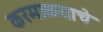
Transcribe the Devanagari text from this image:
करमाळ्याचे